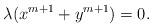
LaTeX: \begin{align*}\lambda (x^{m+1}+y^{m+1}) =0.\end{align*}